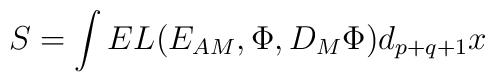
S=\int E L({E_{AM}}, \Phi, { D _M\Phi}) d_{p+q+1} x